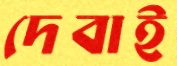
দেবাই